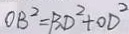
O B ^ { 2 } = B D ^ { 2 } + O D ^ { 2 }